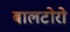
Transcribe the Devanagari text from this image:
बालटोरो